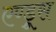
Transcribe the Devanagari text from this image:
एण्ड्रूस